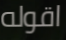
اقوله